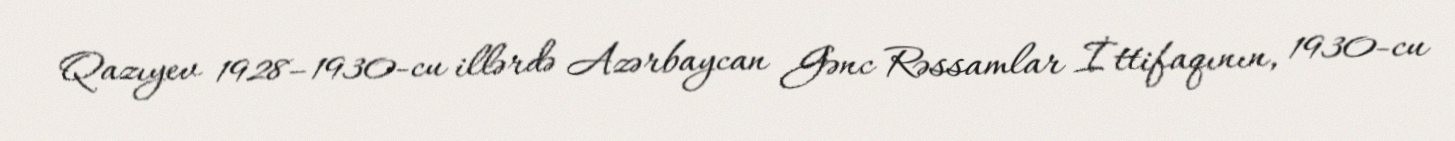
Qazıyev 1928–1930-cu illərdə Azərbaycan Gənc Rəssamlar İttifaqının, 1930-cu